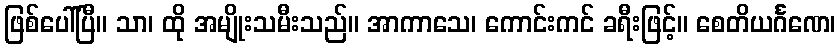
ဖြစ်ပေါ်ပြီ။ သာ၊ ထို အမျိုးသမီးသည်။ အာကာသေ၊ ကောင်းကင် ခရီးဖြင့်။ စေတိယင်္ဂဏေ၊